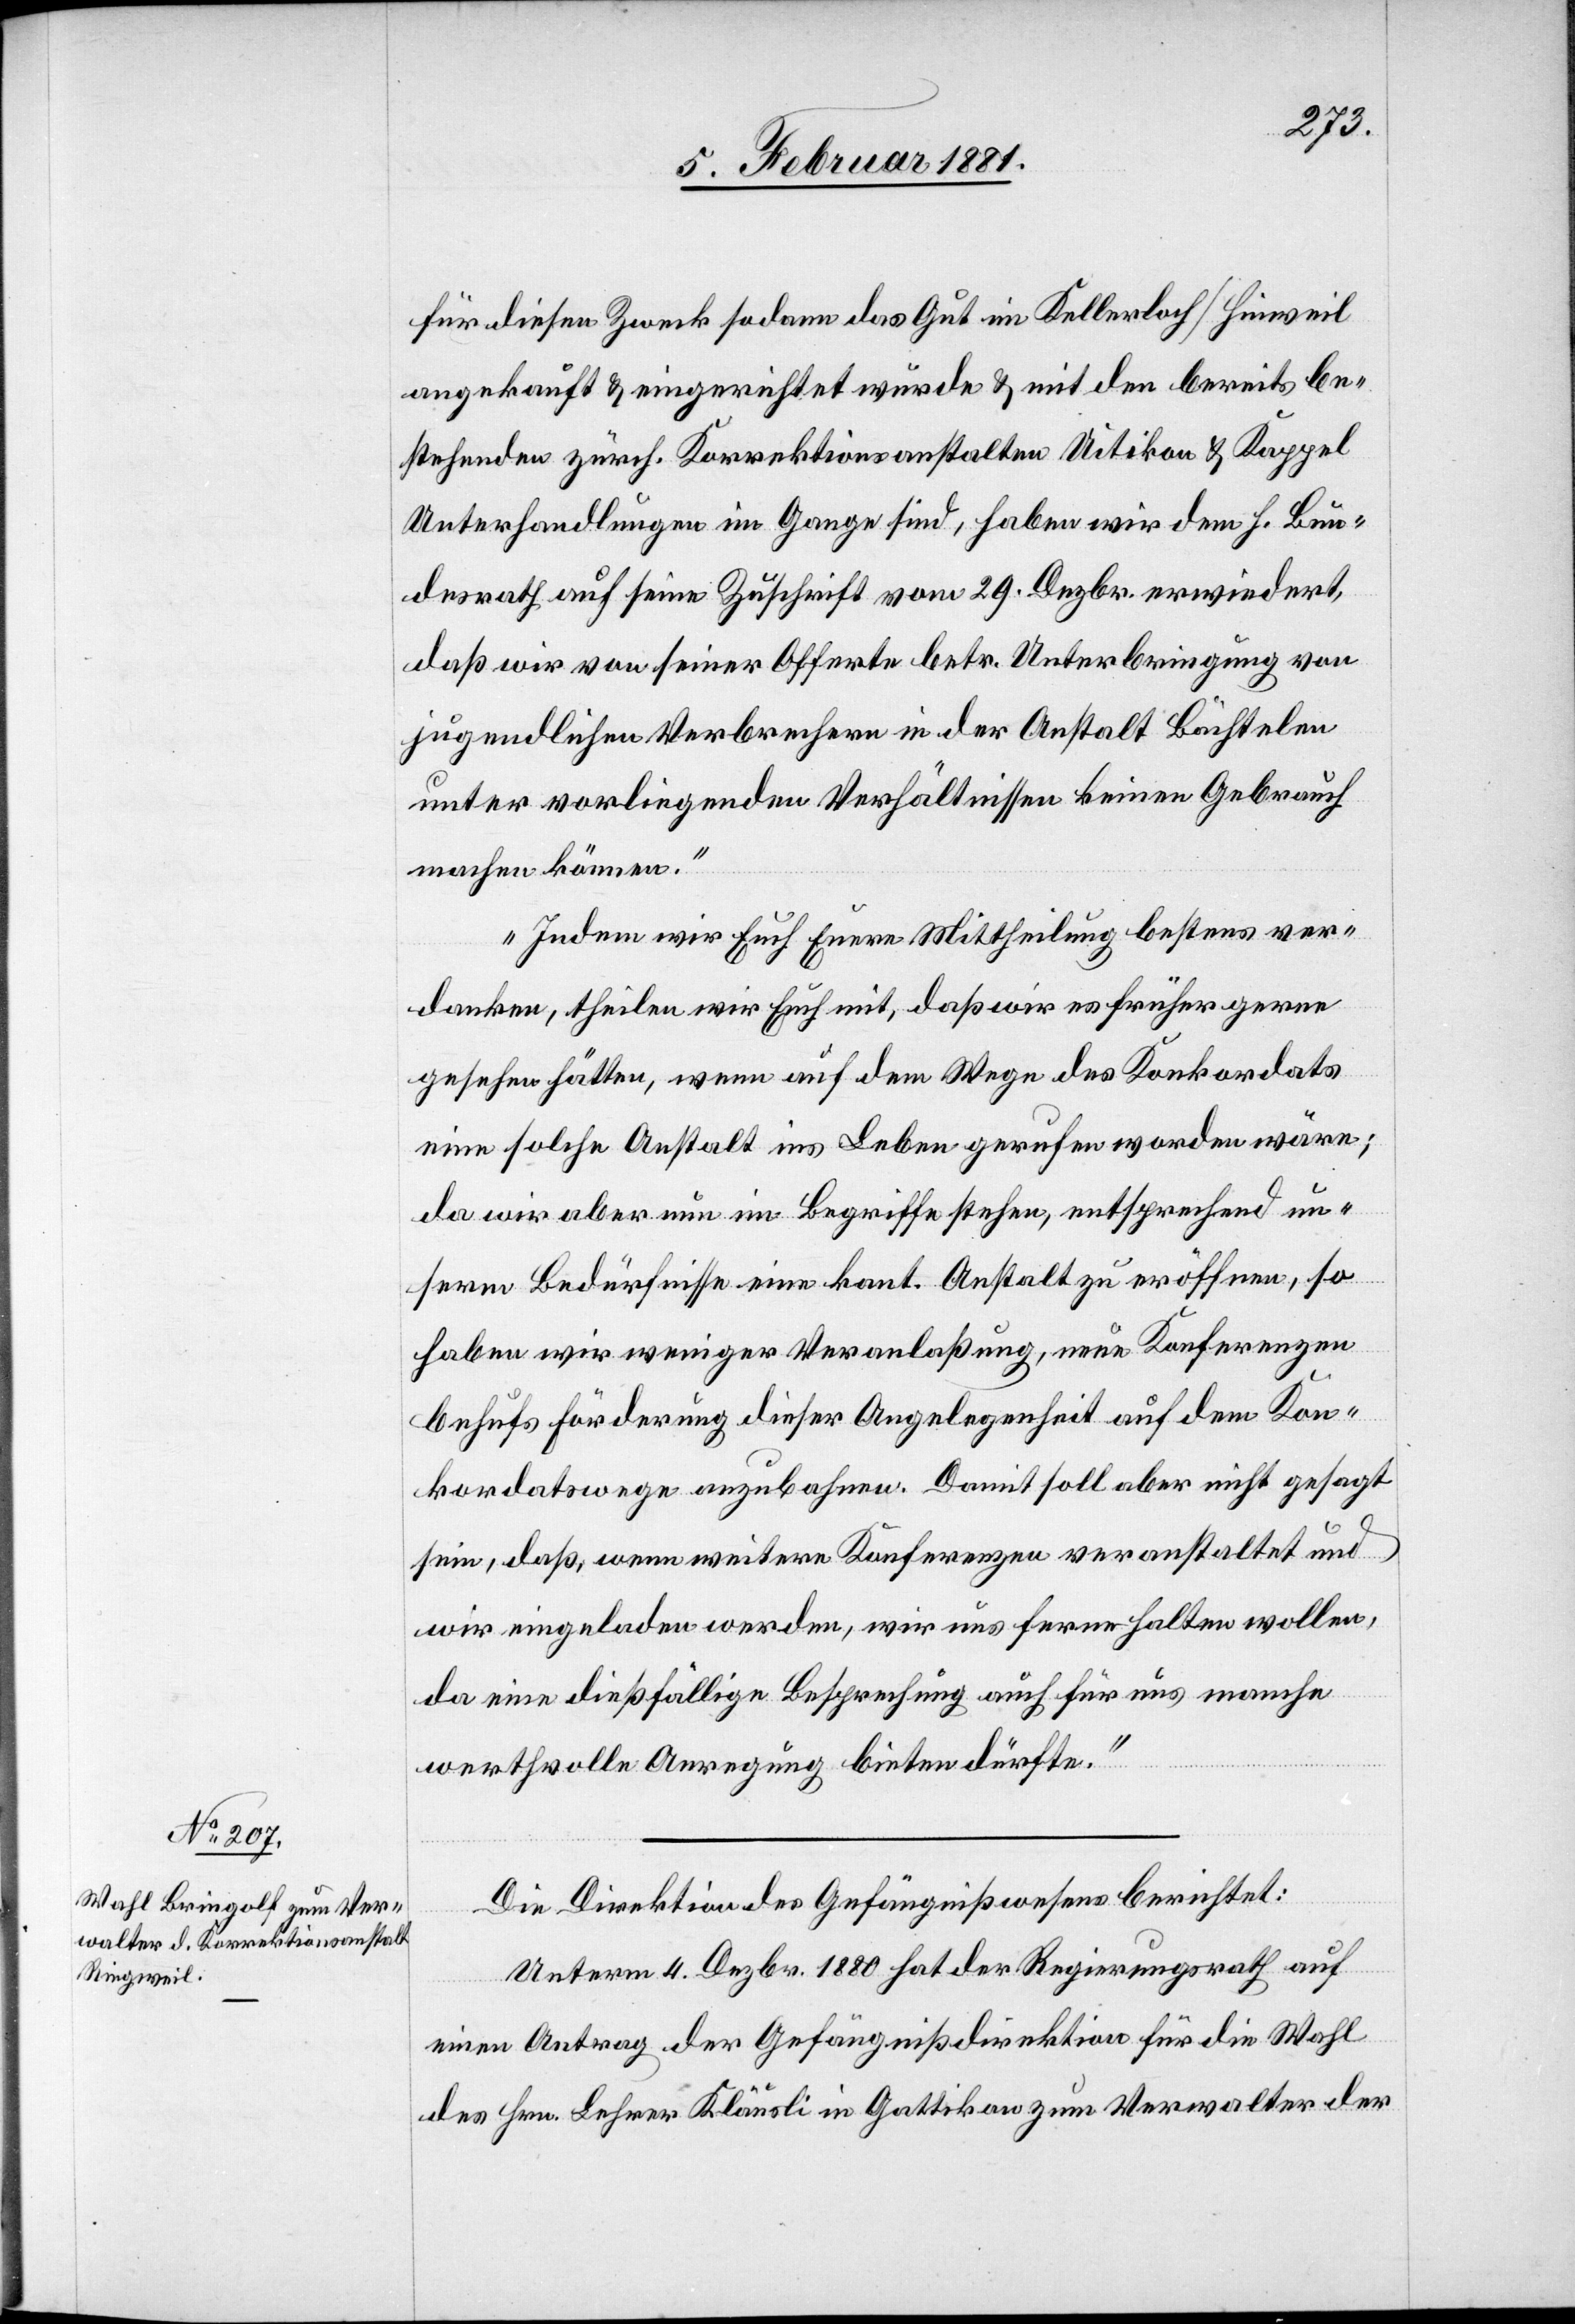
für diesen Zweck so dann das Gut im Kellerloch/Hinweil
angekauft & eingerichtet wurde & mit den bereits be¬
stehenden zürch. Korrektionsanstalten Uitikon & Kappel
Unterhandlungen im Gange sind, haben wir dem h. Bun¬
desrath auf seine Zuschrift vom 29. Dezbr. erwiedert,
daß wir von seiner Offerte betr. Unterbringung von
jugendlichen Verbrechern in der Anstalt Bächtelen
unter vorliegenden Verhältnissen keinen Gebrauch
machen können.“
„Indem wir Euch Eure Mittheilung bestens ver¬
danken, theilen wir Euch mit, daß wir es früher gerne
gesehen hätten, wenn auf dem Wege des Konkordats
eine solche Anstalt ins Leben gerufen worden wäre;
da wir aber nun im Begriffe stehen, entsprechend un¬
serm Bedürfnisse eine kant. Anstalt zu eröffnen, so
haben wir weniger Veranlaßung, neue Konferenzen
behufs Förderung dieser Angelegenheit auf dem Kon¬
kordatswege anzubahnen. Damit soll aber nicht gesagt
sein, daß, wenn weitere Konferenzen veranstaltet und
wir eingeladen werden, wir uns ferne halten wollen,
da eine dießfällige Besprechung auch für uns manche
werthvolle Anregung bieten dürfte.“
Die Direktion des Gefängnißwesens berichtet:
Unterm 4. Dezbr. 1880 hat der Regierungsrath auf
einen Antrag der Gefängnißdirektion für die Wahl
des Hrn. Lehrer Kläusli in Gattikon zum Verwalter der